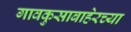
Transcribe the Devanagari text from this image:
गावकुसाबाहेरच्या